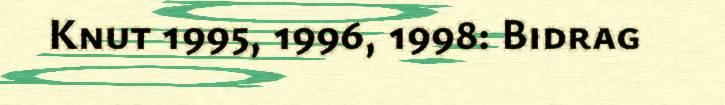
Knut 1995, 1996, 1998: Bidrag